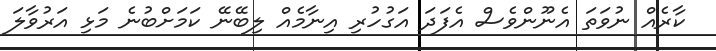
ކާރެއް ނުވަތަ އެނޫންވެސް އެފަދަ އަގުހުރި އިނާމެއް ލިބޭނޭ ކަމަށްބުނެ މަޅި އަރުވާލަ